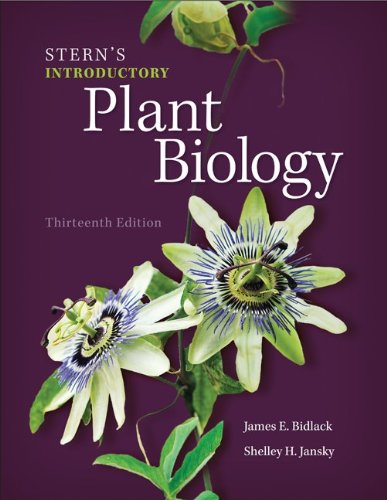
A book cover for Stern's Introductory Plant Biology; James Bidlack; Science & Math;